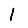
Digit: 1